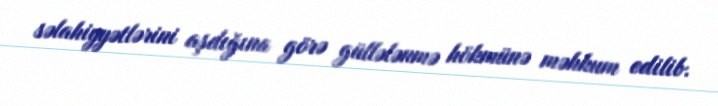
səlahiyyətlərini aşdığına görə güllələnmə hökmünə məhkum edilib.